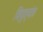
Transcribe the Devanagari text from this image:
विद्युत्‌यंत्र